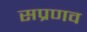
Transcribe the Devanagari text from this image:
सप्रणव